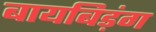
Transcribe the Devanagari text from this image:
बायबिड़ंग